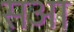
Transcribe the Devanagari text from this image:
सआ